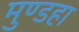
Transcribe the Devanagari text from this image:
मुण्डहा